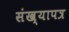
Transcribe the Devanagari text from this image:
संख्यापत्र